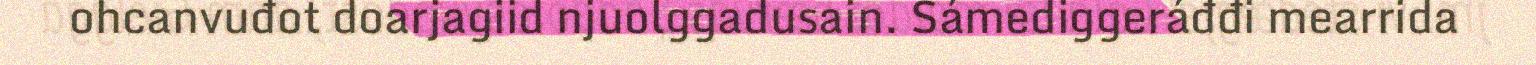
ohcanvuđot doarjagiid njuolggadusain. Sámediggeráđđi mearrida